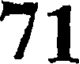
71